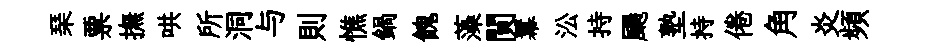
琹票撫哄所洞与則憔鍋餽藻閴羃㳂持颺塾持倦角炎頻